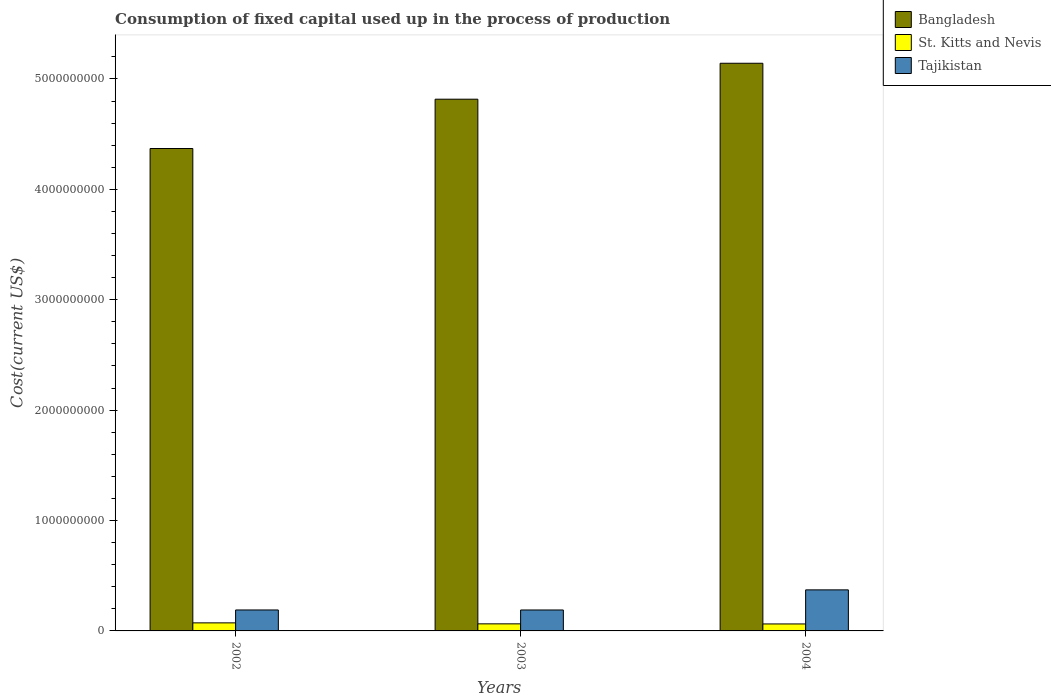
| Years | Bangladesh | St. Kitts and Nevis | Tajikistan |
 | --- | --- | --- | --- |
 | 2002 | 4.37e+09 | 7.29e+07 | 1.9e+08 |
 | 2003 | 4.82e+09 | 6.41e+07 | 1.9e+08 |
 | 2004 | 5.14e+09 | 6.32e+07 | 3.72e+08 |